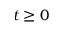
t \ge 0